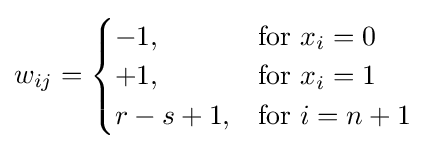
w_{ij}={\begin{cases}-1,&{\mbox{for }}x_{i}=0\\+1,&{\mbox{for }}x_{i}=1\\r-s+1,&{\mbox{for }}i=n+1\end{cases}}